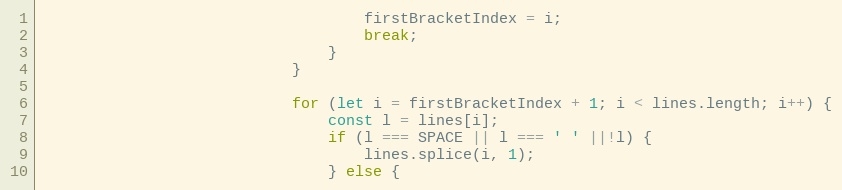
Language: JavaScript
									firstBracketIndex = i;
									break;
								}
							}

							for (let i = firstBracketIndex + 1; i < lines.length; i++) {
								const l = lines[i];
								if (l === SPACE || l === ' ' ||!l) {
									lines.splice(i, 1);
								} else {